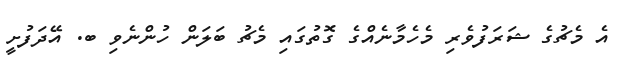
އެ މެޗުގެ ޝަރަފުވެރި މެހެމާނެއްގެ ގޮތުގައި މެޗު ބަލަން ހުންނެވި ބ. އޭދަފުށީ